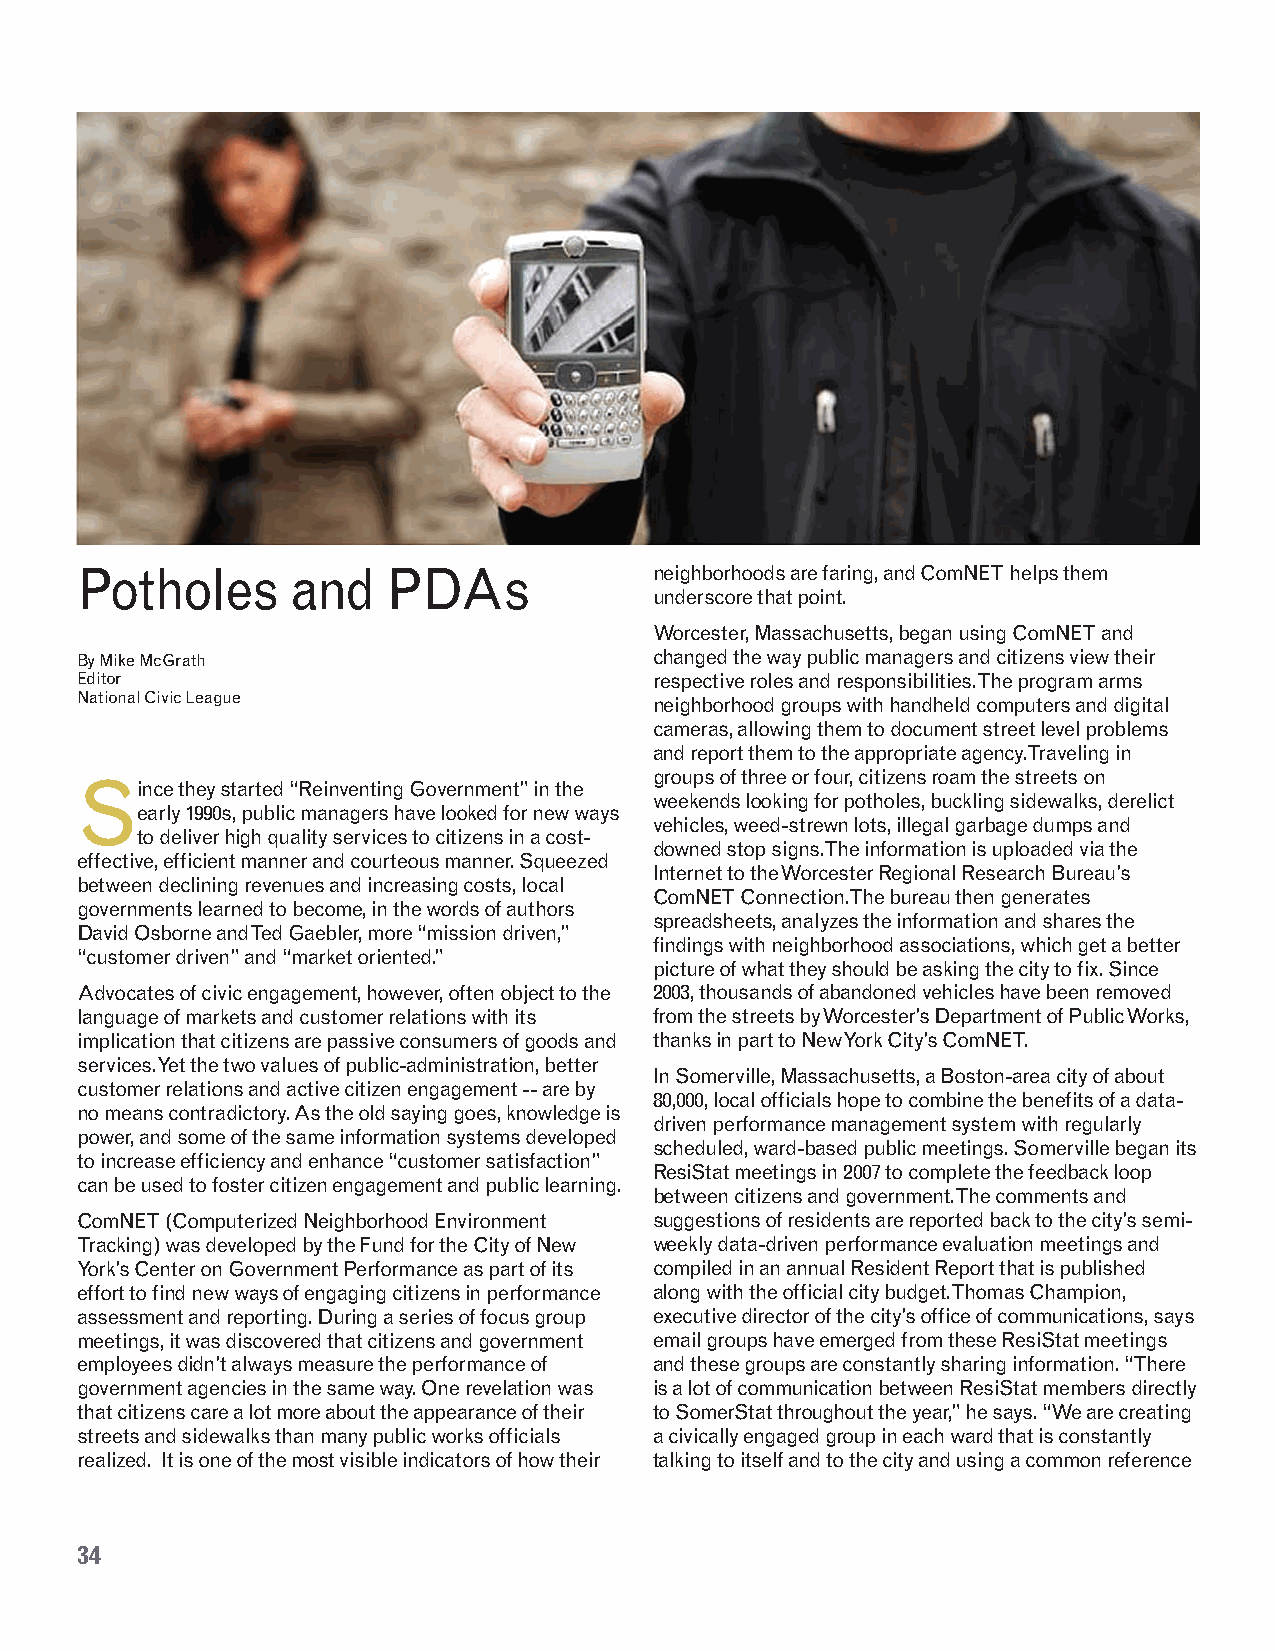
Potholes      and    PDAs             neighborhoods are faring, and ComNET helps them
 underscore that point.
 Worcester, Massachusetts, began using ComNET and
 By Mike McGrath                       changed the way public managers and citizens view their
 Editor                                respective roles and responsibilities. The program arms
 National Civic League                 neighborhood groups with handheld computers and digital
 cameras, allowing them to document street level problems
 and report them to the appropriate agency. Traveling in
 groups of three or four, citizens roam the streets on
 Since  they started “Reinventing Government” in the
 weekends looking for potholes, buckling sidewalks, derelict
 early 1990s, public managers have looked for new ways
 vehicles, weed-strewn lots, illegal garbage dumps and
 to deliver high quality services to citizens in a cost-
 downed stop signs. The information is uploaded via the
 effective, efficient manner and courteous manner. Squeezed
 Internet to the Worcester Regional Research Bureau’s
 between declining revenues and increasing costs, local
 ComNET Connection. The bureau then generates
 governments learned to become, in the words of authors
 spreadsheets, analyzes the information and shares the
 David Osborne and Ted Gaebler, more “mission driven,”
 findings with neighborhood associations, which get a better
 “customer driven” and “market oriented.”
 picture of what they should be asking the city to fix. Since
 Advocates of civic engagement, however, often object to the 2003, thousands of abandoned vehicles have been removed
 language of markets and customer relations with its from the streets by Worcester’s Department of Public Works,
 implication that citizens are passive consumers of goods and thanks in part to New York City’s ComNET.
 services. Yet the two values of public-administration, better
 In Somerville, Massachusetts, a Boston-area city of about
 customer relations and active citizen engagement -- are by
 80,000, local officials hope to combine the benefits of a data-
 no means contradictory. As the old saying goes, knowledge is
 driven performance management system with regularly
 power, and some of the same information systems developed
 scheduled, ward-based public meetings. Somerville began its
 to increase efficiency and enhance “customer satisfaction”
 ResiStat meetings in 2007 to complete the feedback loop
 can be used to foster citizen engagement and public learning.
 between citizens and government. The comments and
 ComNET (Computerized Neighborhood Environment suggestions of residents are reported back to the city’s semi-
 Tracking) was developed by the Fund for the City of New weekly data-driven performance evaluation meetings and
 York’s Center on Government Performance as part of its compiled in an annual Resident Report that is published
 effort to find new ways of engaging citizens in performance along with the official city budget. Thomas Champion,
 assessment and reporting. During a series of focus group executive director of the city’s office of communications, says
 meetings, it was discovered that citizens and government email groups have emerged from these ResiStat meetings
 employees didn’t always measure the performance of and these groups are constantly sharing information. “There
 government agencies in the same way. One revelation was is a lot of communication between ResiStat members directly
 that citizens care a lot more about the appearance of their to SomerStat throughout the year,” he says. “We are creating
 streets and sidewalks than many public works officials a civically engaged group in each ward that is constantly
 realized. It is one of the most visible indicators of how their talking to itself and to the city and using a common reference
 34